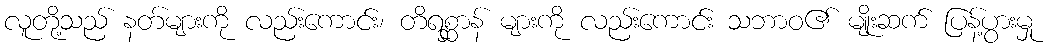
လူတို့သည် နတ်များကို လည်းကောင်း၊ တိရစ္ဆာန် များကို လည်းကောင်း သဘာဝ၏ မျိုးဆက် ပြန့်ပွားမှု